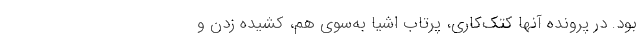
بود. در پروندهٔ آنها کتک‌کاری، پرتاب اشیا به‌سوی هم، کشیده‌ زدن و